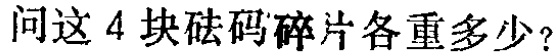
问这 4 块砝码碎片各重多少？